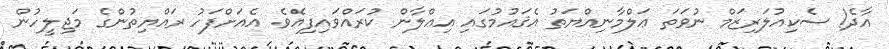
އާދެ! ސެކިއުލަރިޒަމް ނުވަތަ ޢަލްމާނިއްޔަތު އެޤައުމުގައި އިޢްލާން ކުރައްވައިފިއެވެ. އެއަށްފަހު ރައްޔިތުންގެ މަޖިލީހުން